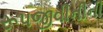
રૂપજીવીનીની